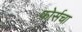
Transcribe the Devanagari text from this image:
फोर्सचा